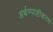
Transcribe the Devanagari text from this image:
अर्थम्पाष्टीकरण